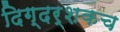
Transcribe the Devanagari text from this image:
दिग्दर्शकच